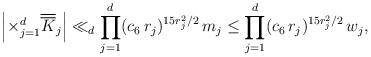
LaTeX: \begin{align*}\left|\times _{j=1}^{d} \overline{\overline K}_j\right|\ll_d \prod_{j=1}^{d}(c_6\,r_j)^{15r_j^2/2}\, m_j\le\prod_{j=1}^{d}(c_6\,r_j)^{15r_j^2/2}\, w_j ,\end{align*}